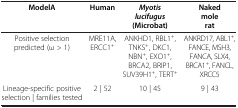
| ModelA | Human | Myotis lucifugus (Microbat) | Naked mole rat |
 | --- | --- | --- | --- |
 | Positive selection predicted (ω > 1) | MRE11A, ERCC1+ | ANKHD1, RBL1+, TNKS+, DKC1, NBN+, EXO1+, BRCA2, BRIP1, SUV39H1+, TERT+ | ANKRD17, ABL1+, FANCE, MSH3, FANCA, SLX4, BRCA1+, FANCL, XRCC5 |
 | Lineage-specific positive selection | families tested | 2 | 52 | 10 | 45 | 9 | 43 |